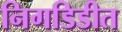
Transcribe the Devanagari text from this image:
निगडिडीत